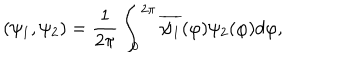
( \psi _ { 1 } , \psi _ { 2 } ) = \frac { 1 } { 2 \pi } \int _ { 0 } ^ { 2 \pi } \overline { { { \psi _ { 1 } } } } ( \varphi ) \psi _ { 2 } ( \varphi ) d \varphi ,